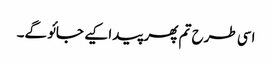
اسی طرح تم پھر پیدا کیے جائو گے۔